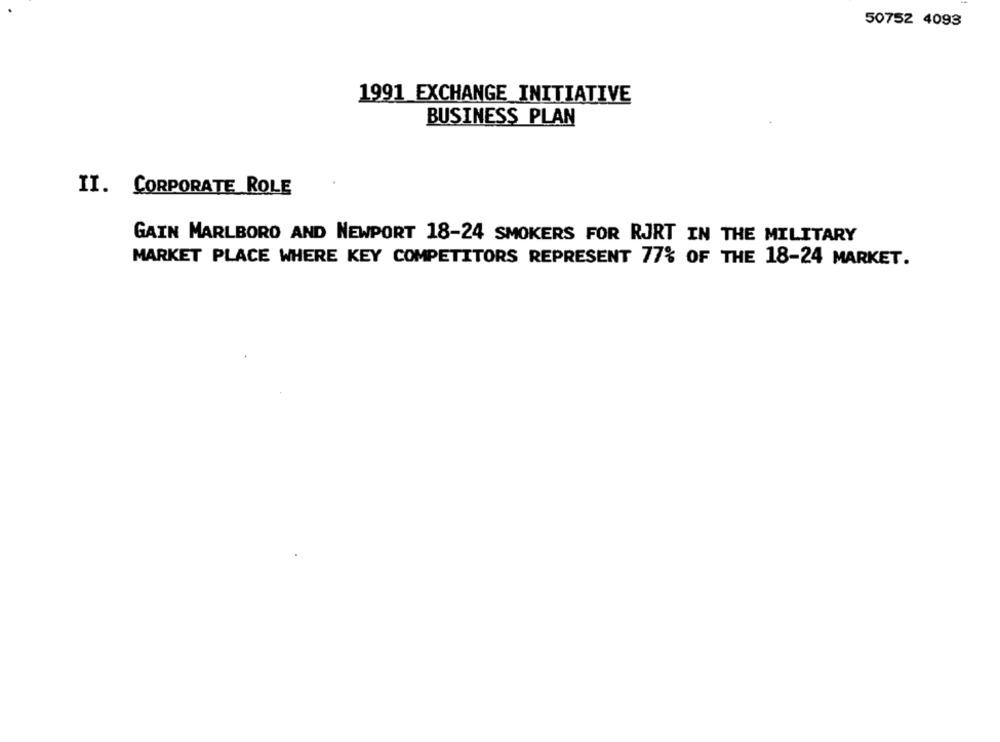
50752 4093
1991 EXCHANGE INITIATIVE
BUSINESS PLAN
II. CORPORATE ROLE
GAIN MARLBORO AND NEWPORT 18-24 SMOKERS FOR RJRT IN THE MILITARY
MARKET PLACE WHERE KEY COMPETITORS REPRESENT 77% OF THE 18-24 MARKET.